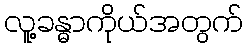
လူ့ခန္ဓာကိုယ်အတွက်